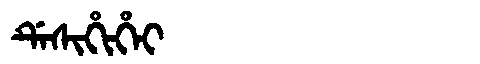
Manchu: ᡩᡝᠰᡳᡥᡳᡥᡝᡳ
Romanization: DESIHIHEI